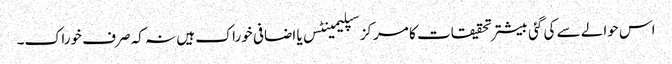
اس حوالے سے کی گئی بیشتر تحقیقات کا مرکز سپلیمینٹس یا اضافی خوراک ہیں نہ کہ صرف خوراک۔